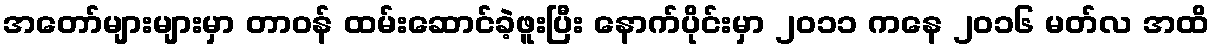
အတော်များများမှာ တာဝန် ထမ်းဆောင်ခဲ့ဖူးပြီး နောက်ပိုင်းမှာ ၂၀၁၁ ကနေ ၂၀၁၆ မတ်လ အထိ